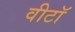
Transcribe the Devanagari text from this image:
वीटॉ